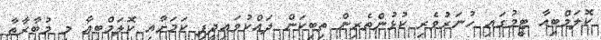
ކޮލަމްބިއާ ޓީމުގައި ހުނަރުވެރި ކުޅުންތެރިން ތިބިކަން ދައްކުވައިދީފި ކަމަށާއި ކޮލަމްބިއާ މި މުބާރާތާ